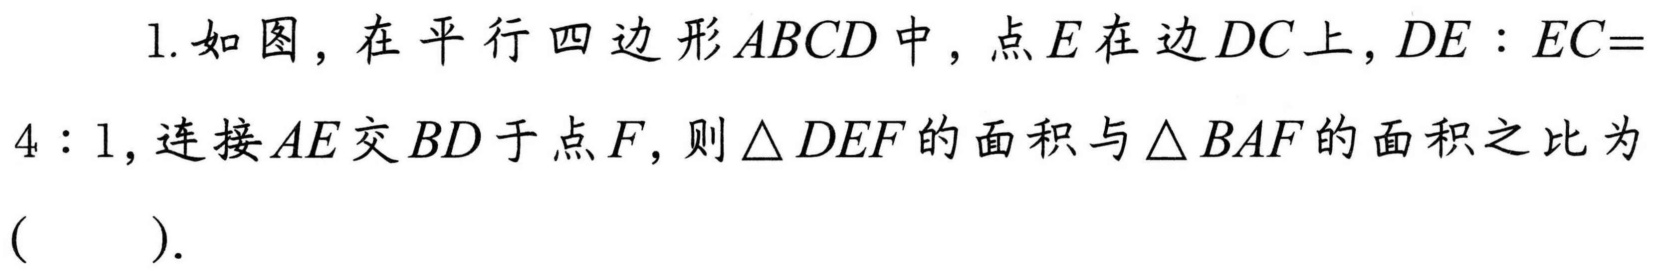
1. 如图，在平行四边形$ABCD$中，点$E$在边$DC$上，$DE:EC = 4:1$，连接$AE$交$BD$于点$F$，则$\triangle DEF$的面积与$\triangle BAF$的面积之比为（  ）.